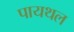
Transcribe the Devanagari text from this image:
पायथल